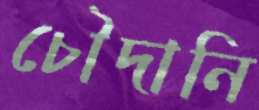
চৌদানি